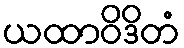
ယထာဝိဒိတံ